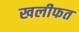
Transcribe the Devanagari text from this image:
खलीफत